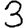
Digit: 3